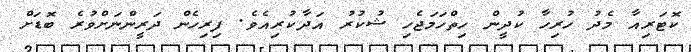
ކޮޓަރިއާ މެދު ހުރިހާ ކުދީން ހިތްހަމަޖެހި ޝުކުރު އަދާކުރިއެވެ. ފިރިހެން ދަރީންނަށްވުރެ ބޮޑަށް